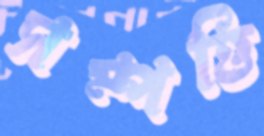
সম্পত্তি